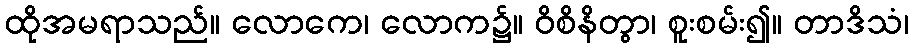
ထိုအမရာသည်။ လောကေ၊ လောက၌။ ဝိစိနိတွာ၊ စူးစမ်း၍။ တာဒိသံ၊